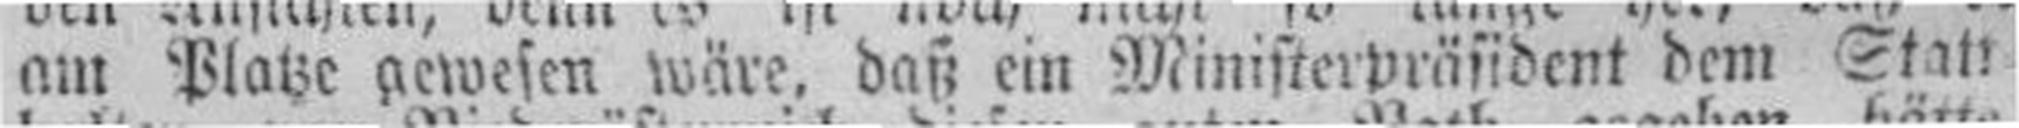
am Platze gewesen wäre, daß ein Ministerpräsident dem Stan